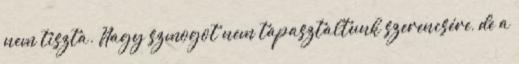
nem tiszta. Nagy szmogot nem tapasztaltunk szerencsére, de a